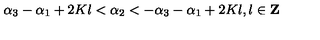
\alpha _ { 3 } - \alpha _ { 1 } + 2 K l < \alpha _ { 2 } < - \alpha _ { 3 } - \alpha _ { 1 } + 2 K l , l \in { \bf Z }